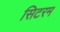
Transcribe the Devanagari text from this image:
सिटरम